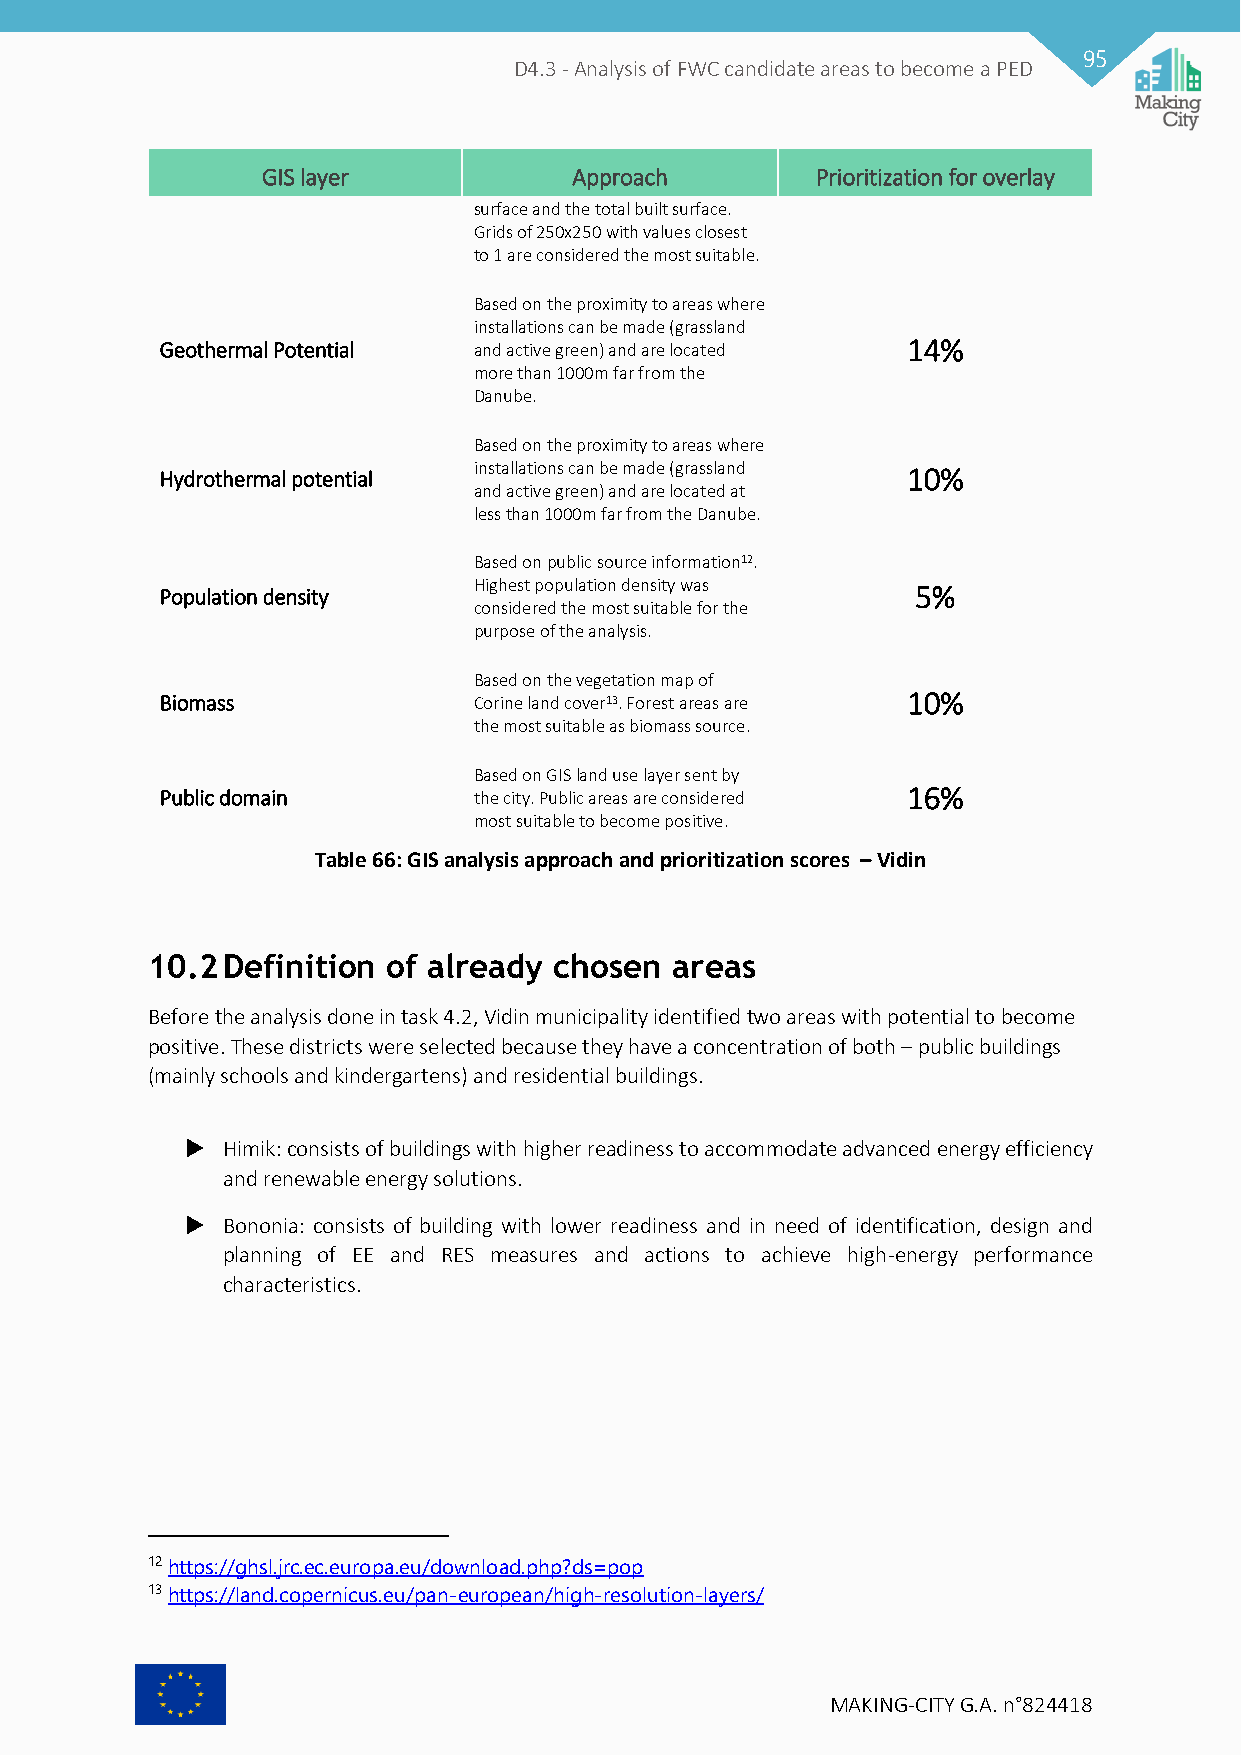
95
 D4.3 - Analysis of FWC candidate areas to become a PED
 GIS layer            Approach        Prioritization for overlay
 surface and the total built surface.
 Grids of 250x250 with values closest
 to 1 are considered the most suitable.
 Based on the proximity to areas where
 installations can be made (grassland
 Geothermal Potential and active green) and are located 14%
 more than 1000m far from the
 Danube.
 Based on the proximity to areas where
 Hydrothermal potential installations can be made (grassland 10%
 and active green) and are located at
 less than 1000m far from the Danube.
 Based on public source information12.
 Population density  Highest population density was 5%
 considered the most suitable for the
 purpose of the analysis.
 Based on the vegetation map of
 Biomass             Corine land cover13. Forest areas are 10%
 the most suitable as biomass source.
 Based on GIS land use layer sent by
 Public domain       the city. Public areas are considered 16%
 most suitable to become positive.
 Table 66: GIS analysis approach and prioritization scores – Vidin
 10.2 Definition of already chosen  areas
 Before the analysis done in task 4.2, Vidin municipality identified two areas with potential to become
 positive. These districts were selected because they have a concentration of both – public buildings
 (mainly schools and kindergartens) and residential buildings.
   Himik: consists of buildings with higher readiness to accommodate advanced energy efficiency
 and renewable energy solutions.
   Bononia: consists of building with lower readiness and in need of identification, design and
 planning of EE and RES measures and actions to achieve high-energy performance
 characteristics.
 12 https://ghsl.jrc.ec.europa.eu/download.php?ds=pop
 13 https://land.copernicus.eu/pan-european/high-resolution-layers/
 MAKING-CITY G.A. n°824418